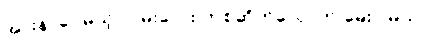
အားနာပေမယ့် လမ်းလေး တစ်ဆိတ်လောက် မေးပါမယ်။